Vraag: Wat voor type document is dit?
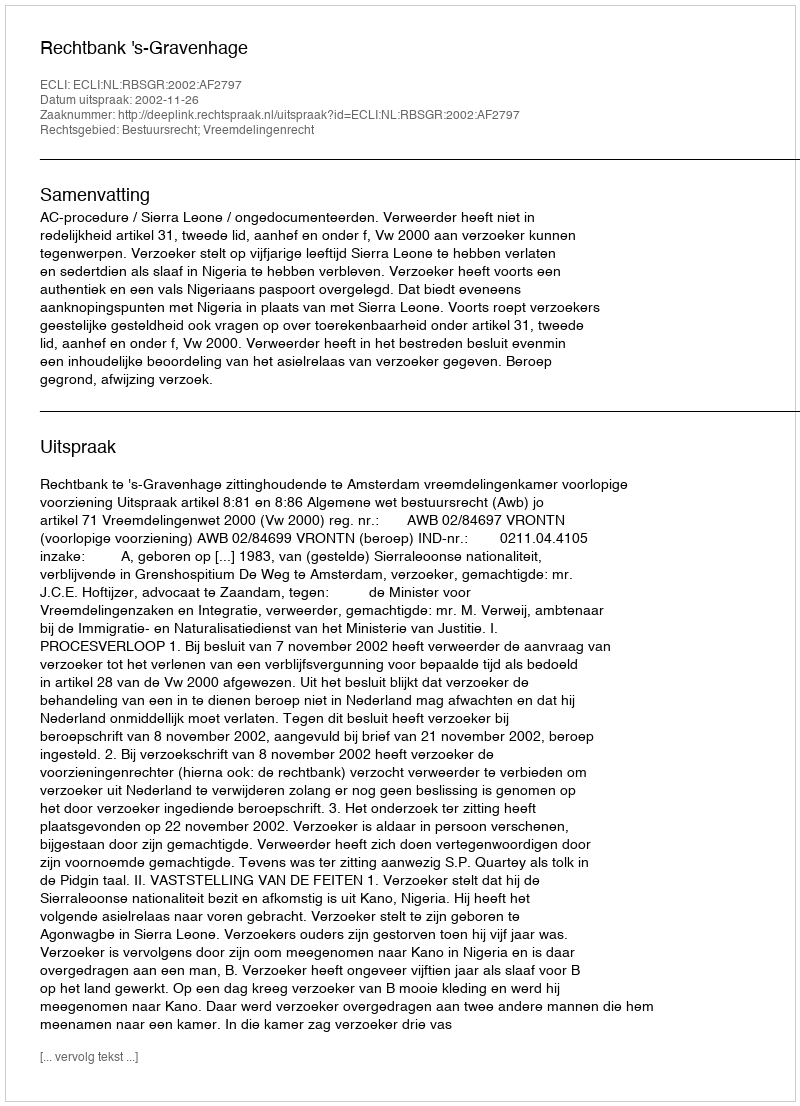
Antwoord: Uitspraak